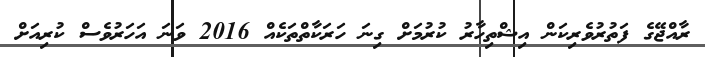
ރާއްޖޭގެ ފަތުރުވެރިކަން އިޝްތިހާރު ކުރުމަށް ގިނަ ހަރަކާތްތަކެއް 2016 ވަނަ އަހަރުވެސް ކުރިއަށް